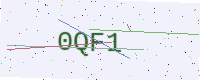
Text: 0QF1